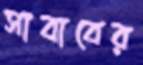
সাবাবের